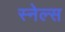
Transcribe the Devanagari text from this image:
स्नेल्स